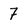
Character: 7